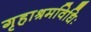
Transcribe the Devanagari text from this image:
गृहाश्रमविधिः